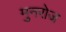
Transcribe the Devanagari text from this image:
मुनरोज